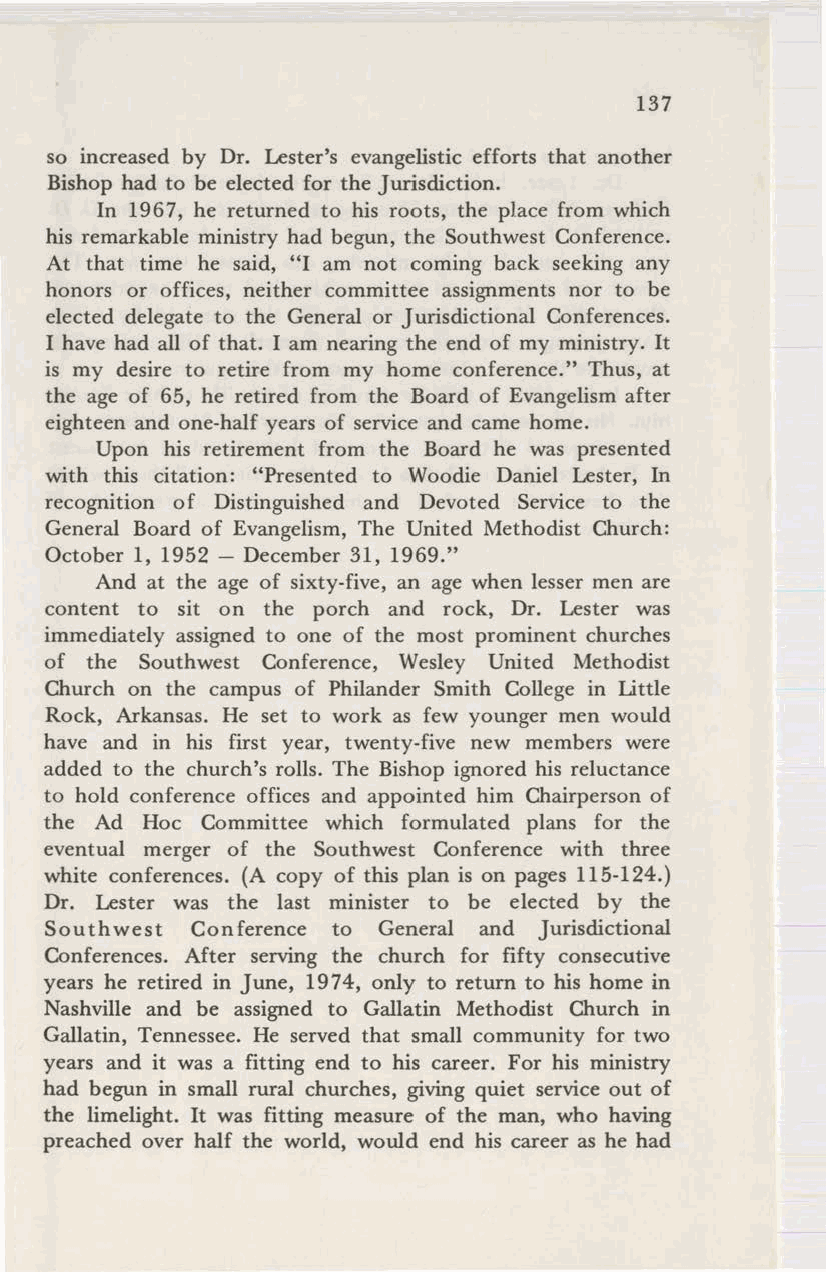
137
 so increased by Dr. Lester's evangelistic efforts that another
 Bishop had to be elected for the Jurisdiction.
 In 1967, he returned to his roots, the place from which
 his remarkable ministry had begun, the Southwest Conference.
 At that time he said, "I am not coming back seeking any
 honors or offices, neither committee assignments nor to be
 elected delegate to the General or Jurisdictional Conferences.
 I have had all of that. I am nearing the end of my ministry. It
 is my desire to retire from my home conference." Thus, at
 the age of 65, he retired from the Board of Evangelism after
 eighteen and one-half years of service and came home.
 Upon his retirement from the Board he was presented
 with this citation: "Presented to Woodie Daniel Lester, In
 recognition of Distinguished and Devoted Service to the
 General Board of Evangelism, The United Methodist Church:
 October 1, 1952 - December 31, 1969."
 And at the age of sixty-five, an age when lesser men are
 content to sit on the porch and rock, Dr. Lester was
 immediately assigned to one of the most prominent churches
 of the Southwest Conference, Wesley United Methodist
 Church on the campus of Philander Smith College in Little
 Rock, Arkansas. He set to work as few younger men would
 have and in his first year, twenty-five new members were
 added to the church's rolls. The Bishop ignored his reluctance
 to hold conference offices and appointed him Chairperson of
 the Ad Hoc Committee which formulated plans for the
 eventual merger of the Southwest Conference with three
 white conferences. (A copy of this plan is on pages 115-124.)
 Dr. Lester was the last minister to be elected by the
 Southwest Conference to General and Jurisdictional
 Conferences. After serving the church for fifty consecutive
 years he retired in June, 1974, only to return to his home in
 Nashville and be assigned to Gallatin Methodist Church in
 Gallatin, Tennessee. He served that small community for two
 years and it was a fitting end to his career. For his ministry
 had begun in small rural churches, giving quiet service out of
 the limelight. It was fitting measure of the man, who having
 preached over half the world, would end his career as he had